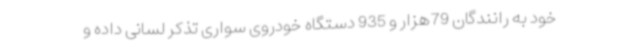
خود به رانندگان 79هزار و 935 دستگاه خودروی سواری تذکر لسانی داده و